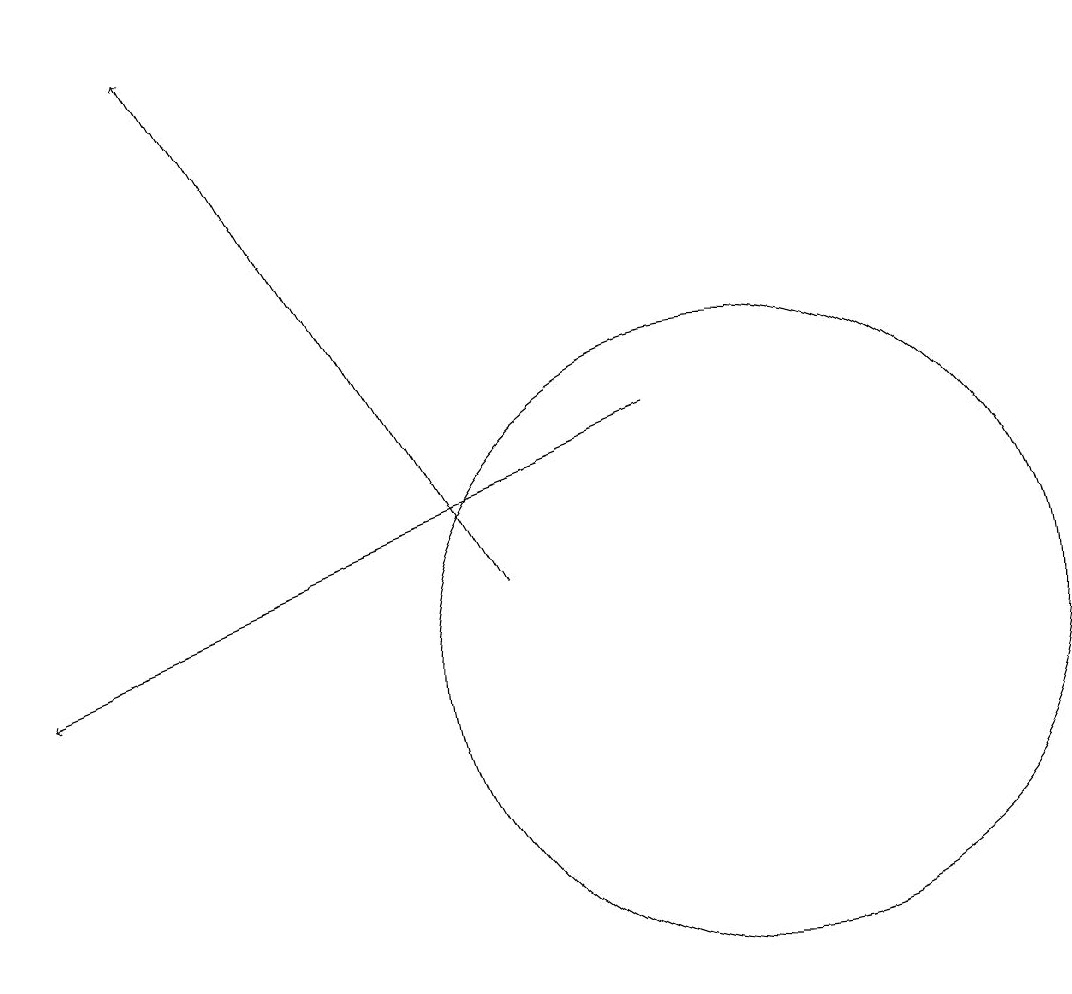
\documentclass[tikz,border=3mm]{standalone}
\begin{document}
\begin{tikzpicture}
\draw (12,11) circle (0);
\draw (10,11) circle (4);
\draw[->] (9,14) -- (1,11);
\draw[->] (7,12) -- (3,19);
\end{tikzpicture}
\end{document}